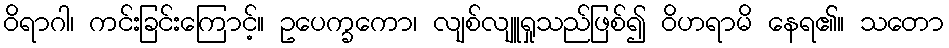
ဝိရာဂါ၊ ကင်းခြင်းကြောင့်။ ဥပေက္ခကော၊ လျစ်လျူရှုသည်ဖြစ်၍ ဝိဟရာမိ နေရ၏။ သတော